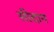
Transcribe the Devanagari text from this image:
सीदान